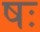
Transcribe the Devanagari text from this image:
षः